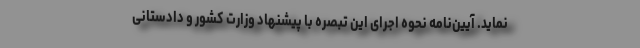
نماید. آیین‌نامه نحوه اجرای این تبصره با پیشنهاد وزارت کشور و دادستانی